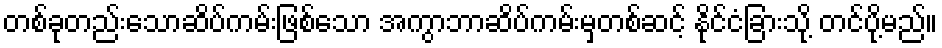
တစ်ခုတည်းသောဆိပ်ကမ်းဖြစ်သော အကွာဘာဆိပ်ကမ်းမှတစ်ဆင့် နိုင်ငံခြားသို့ တင်ပို့မည်။